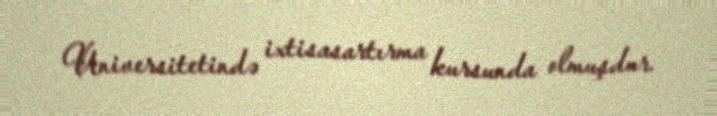
Universitetində ixtisasartırma kursunda olmuşdur.